Report on sanitation, dispensaries, and jails in Rajputana for 1909, and on vaccination for the year 1909-1910 - 1909-1910
Year: 1909
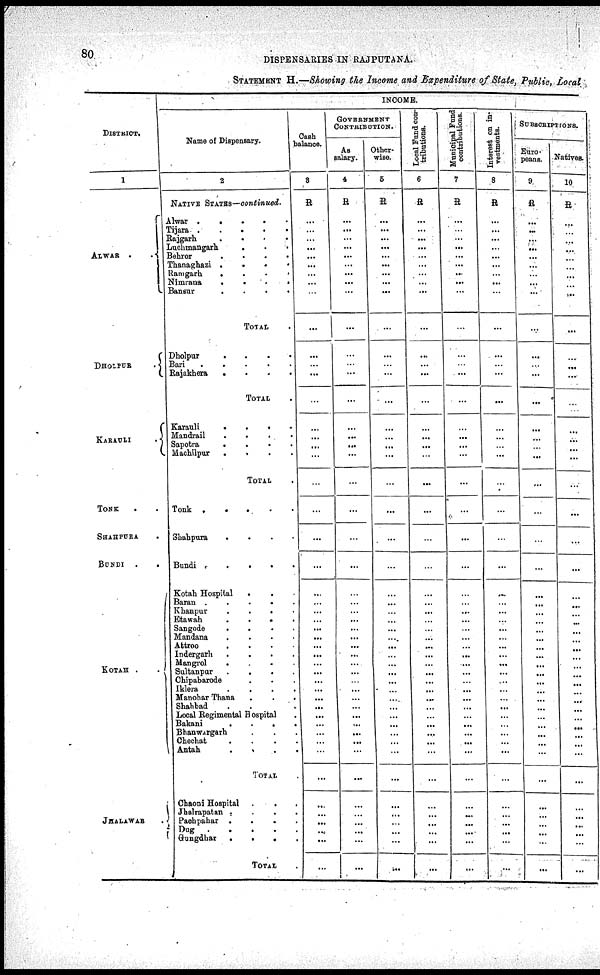
80
DISPENSARIES IN RAJPUTANA.
STATEMENT H.—Showing the Income and Expenditure of State, Public, Local
DISTRICT.
1
ALWAR .
.
DHOIPUR
.
KARAULI .
TONK . .
SHAHPURA .
BUNDI
. .
KOTAH . .
JHALAWAR .
INCOME.
Name of Dispensary.
2
NATIVE STATES—continued.
Alwar .
.
.
.
.
Tijara .
.
.
.
Rajgarh
.
.
.
.
Luchmangarh
.
. .
Behror
.
.
.
.
Thanaghazi
.
. . .
Ramgarh
. . . .
Nimrana
.
.
. .
Bansur
. . . .
Total
Dholpur
.
.
.
.
Bari
.
.
.
.
.
Rajakhera
.
.
.
.
TOTAL .
Karauli
.
.
.
.
Mandrail
. . . .
Sapotra
. . . .
Machilpur
.
.
.
.
TOTAL .
Tonk .
.
.
.
Shahpura
. . . .
Bundi
.
.
. .
Kotah Hospital . . .
Baran . . . .
Khanpur
.
.
. .
Etawah . . . .
Sangode
.
. . .
Mandana . . . .
Attroo . . . .
Indergarh
. . . .
Mangrol
. . . .
Sultanpur . . . .
Chipabarode . . .
Iklera . . . .
Manohar Thana . . .
Shahbad . . .
Local Regimental Hospital .
Bakani
.
. . .
Bhanwargarh . . .
Chechat . . .
Antah . . . .
TOTAL .
Chaoni Hospital . . .
Jhalrapatan . . . .
Pachpahar . . . .
Dug
.
.
.
. .
Gungdhar
.
.
. .
TOTAL
Cash
balance.
3
R
...
...
...
...
...
...
...
...
...
...
...
... ...
...
...
...
...
...
...
...
...
...
...
...
...
...
...
...
...
...
...
...
...
...
.
...
...
...
...
...
...
...
...
...
...
...
...
...
...
GOVERNMENT
CONTRIBUTION.
As
salary.
4
R
...
...
...
...
...
...
...
...
...
...
...
... ...
...
...
...
...
...
...
...
...
...
...
...
...
...
...
...
...
...
...
...
...
...
...
...
...
...
...
...
...
...
...
...
...
...
...
...
Other-
wise.
5
R
...
...
...
...
...
...
...
...
...
...
...
... ...
...
...
...
...
...
...
...
...
...
...
...
...
...
...
...
...
...
...
...
...
...
...
...
...
...
...
...
...
...
...
...
...
...
...
...
Local Fund con-
tributions.
6
R
...
...
...
...
...
...
...
...
...
...
...
...
...
...
...
...
...
...
...
...
...
...
...
...
...
...
...
...
...
...
...
...
...
...
...
...
...
...
...
...
...
...
...
...
...
...
...
...
Municipal Fund
contributions.
7
R
...
...
...
...
...
...
...
...
...
...
...
... ...
...
...
...
...
...
...
...
...
...
...
...
...
...
...
...
...
...
...
...
...
...
...
...
...
...
...
...
...
...
...
...
...
...
...
...
Interest on in¬
vestments.
8
R
...
...
...
...
...
...
...
...
...
...
...
... ...
...
...
...
...
...
...
...
...
...
...
...
...
... ...
...
...
...
...
...
...
...
...
...
...
...
...
...
...
...
...
...
...
...
...
...
SUBSCRIPTIONS.
Euro-
peans.
9
R
...
...
...
...
...
...
...
...
...
...
...
... ...
...
...
...
...
...
...
...
...
...
...
...
...
...
...
...
...
...
...
...
...
...
...
...
...
...
...
...
...
...
...
...
...
...
...
...
Natives.
10
R
...
...
...
...
...
...
...
...
...
...
...
...
...
...
...
...
...
...
...
...
...
...
...
...
...
...
...
...
...
...
...
...
...
...
...
...
...
...
...
...
...
...
...
...
...
...
...
...